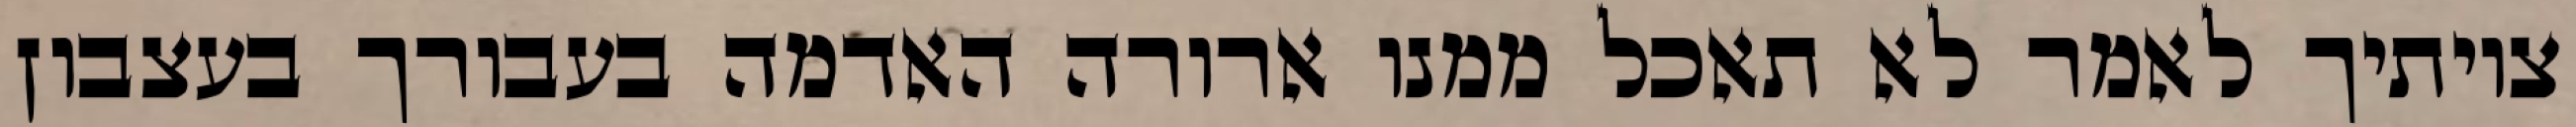
צויתיך לאמר לא תאכל ממנו ארורה האדמה בעבורך בעצבון